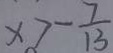
x > - \frac { 7 } { 1 3 }